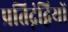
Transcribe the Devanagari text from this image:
प्रतिद्नंद्वियों